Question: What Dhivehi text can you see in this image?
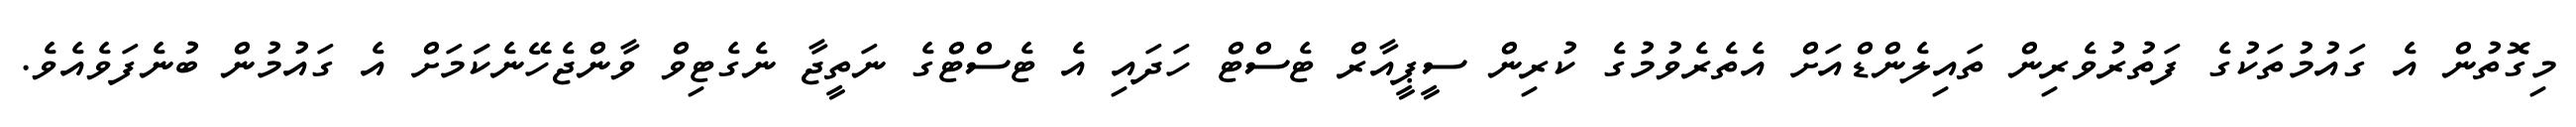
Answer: މިގޮތުން އެ ގައުމުތަކުގެ ފަތުރުވެރިން ތައިލެންޑްއަށް އެތެރެވުމުގެ ކުރިން ސީޕީއާރް ޓެސްޓް ހަދައި އެ ޓެސްޓްގެ ނަތީޖާ ނެގެޓިވް ވާންޖެހޭނެކަަމަށް އެ ގައުމުން ބުނެފަވެއެވެ.